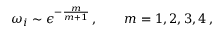
\omega _ { i } \sim \epsilon ^ { - \frac { m } { m + 1 } } \, , \qquad m = 1 , 2 , 3 , 4 \, ,